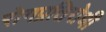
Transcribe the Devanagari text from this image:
रोगप्रतिरोधी